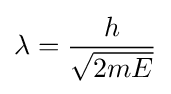
\lambda ={\frac {h}{\sqrt {2mE}}}